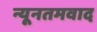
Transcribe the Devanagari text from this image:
न्यूनतमवाद